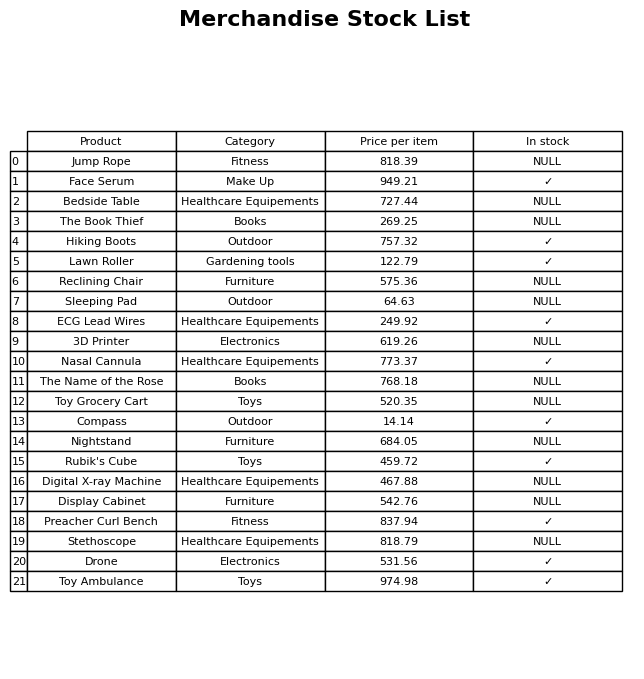
question: Is the Face Serum in stock?
answer: ✓